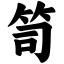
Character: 笥